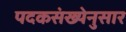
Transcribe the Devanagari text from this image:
पदकसंख्येनुसार